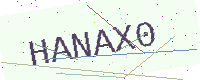
Text: HANAX0